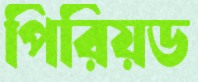
পিরিয়ড